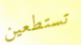
تستطعين